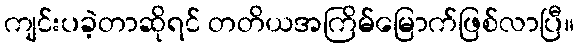
ကျင်းပခဲ့တာဆိုရင် တတိယအကြိမ်မြောက်ဖြစ်လာပြီ။